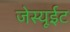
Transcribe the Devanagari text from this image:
जेस्यूईट